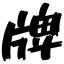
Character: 牌